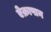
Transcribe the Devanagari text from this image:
ऐक्रापान